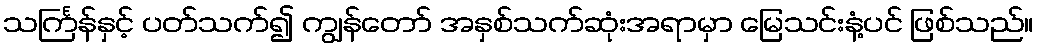
သင်္ကြန်နှင့် ပတ်သက်၍ ကျွန်တော် အနှစ်သက်ဆုံးအရာမှာ မြေသင်းနံ့ပင် ဖြစ်သည်။